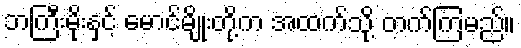
ဘကြီးမိုးနှင့် မောင်မျိုးတို့က အထက်သို့ တက်ကြမည်။